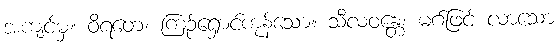
အကျင့်မှ။ ဝိရတေ၊ ကြဉ်ရှောင်ကုန်သော။ သီလဝန္တေ၊ မဂ်ဖြင့် လာသော